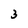
Character: 3